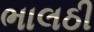
ભાલઠી